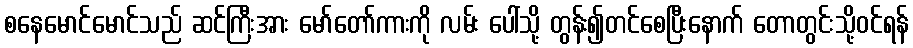
စနေမောင်မောင်သည် ဆင်ကြီးအား မော်တော်ကားကို လမ်း ပေါ်သို့ တွန်း၍တင်စေပြီးနောက် တောတွင်းသို့ဝင်ရန်